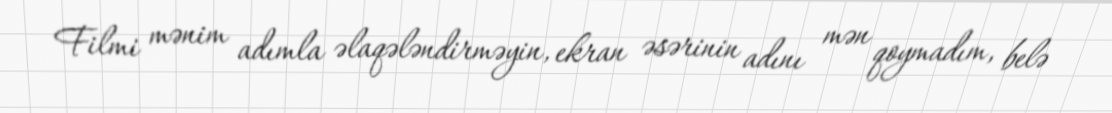
Filmi mənim adımla əlaqələndirməyin, ekran əsərinin adını mən qoymadım, belə